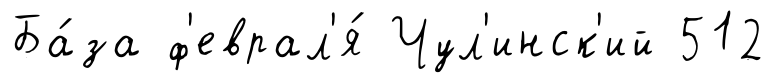
Ба́за ф'еврал'я́ Чул'инск'ий 512